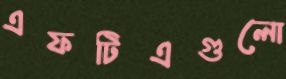
এফটিএগুলো